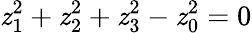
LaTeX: \mathit{z}_{1}^{2}+\mathit{z}_{2}^{2}+\mathit{z}_{3}^{2}-\mathit{z}_{0}^{2}=0